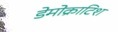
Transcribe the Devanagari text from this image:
डेमोक्राटिश